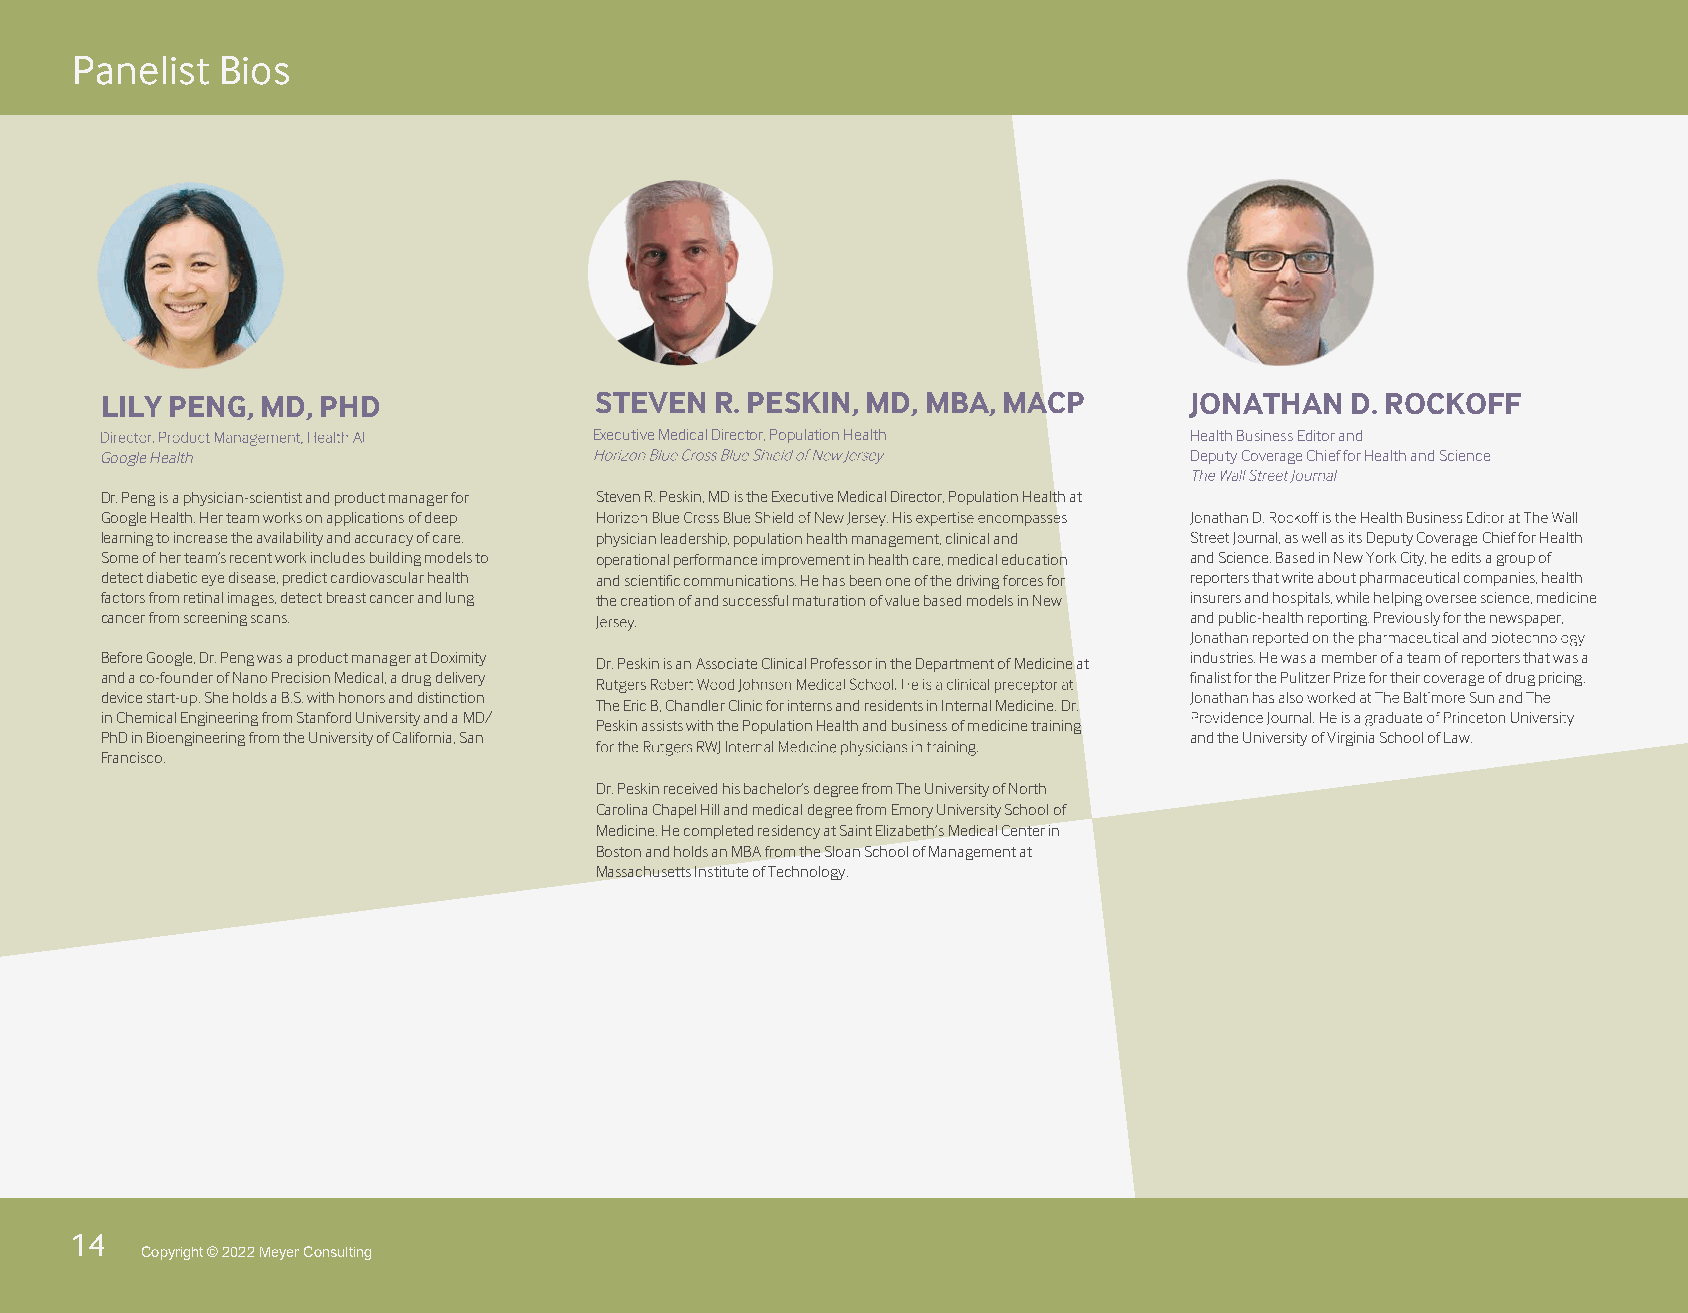
Panelist Bios
 LILY PENG, MD, PHD              STEVEN  R. PESKIN, MD, MBA, MACP        JONATHAN  D. ROCKOFF
 Executive Medical Director, Population Health Health Business Editor and
 Google Health                                                           Deputy Coverage Chief for Health and Science
 Dr. Peng is a physician-scientist and product manager for Steven R. Peskin, MD is the Executive Medical Director, Population Health at
 Google Health. Her team works on applications of deep
 learning to increase the availability and accuracy of care. physician leadership, population health management, clinical and Deputy Coverage Chief for Health
 Some of her team’s recent work includes building models to operational performance improvement in health care, medical education and Science. Based in New York City, he edits a group of
 detect diabetic eye disease, predict cardiovascular health and scientific communications. He has been one of the driving forces for reporters that write about pharmaceutical companies, health
 factors from retinal images, detect breast cancer and lung the creation of and successful maturation of value based models in New insurers and hospitals, while helping oversee science, medicine
 cancer from screening scans.                                            and public-health reporting. Previously for the newspaper,
 Before Google, Dr. Peng was a product manager at Doximity Dr. Peskin is an Associate Clinical Professor in the Department of Medicine at industries. He was a member of a team of reporters that was a
 and a co-founder of Nano Precision Medical, a drug delivery             finalist for the Pulitzer Prize for their coverage of drug pricing.
 device start-up. She holds a B.S. with honors and distinction
 The Eric B, Chandler Clinic for interns and residents in Internal Medicine. Dr.
 in Chemical Engineering from Stanford University and a MD/
 Peskin assists with the Population Health and business of medicine training
 PhD in Bioengineering from the University of California, San            and the University of Virginia School of Law.
 Francisco.
 Dr. Peskin received his bachelor’s degree from The University of North
 Carolina Chapel Hill and medical degree from Emory University School of
 Medicine. He completed residency at Saint Elizabeth’s Medical Center in
 Boston and holds an MBA from the Sloan School of Management at
 Massachusetts Institute of Technology.
 14
 Copyright © 2022 Meyer Consulting